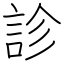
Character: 診